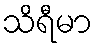
သိရီမာ